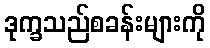
ဒုက္ခသည်စခန်းများကို